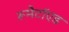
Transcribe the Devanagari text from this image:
रूमैटॉएड